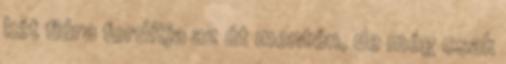
két fiúra fordítja az út mentén, de még csak